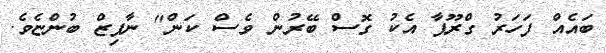
ބައެއް ފަހަރު ގްރޫޕާ އެކު ގޮސް ބޭރުން ވެސް ކަން" ނާފިޒް ބުންޏެވެ.